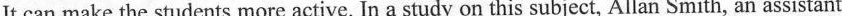
It can make the students more active. In a study on this subject, Allan Smith, an assistant